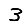
Digit: 3